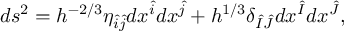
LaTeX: d s ^ { 2 } = h ^ { - 2 / 3 } \eta _ { \hat { i } \hat { j } } d x ^ { \hat { i } } d x ^ { \hat { j } } + h ^ { 1 / 3 } \delta _ { \hat { I } \hat { J } } d x ^ { \hat { I } } d x ^ { \hat { J } } ,